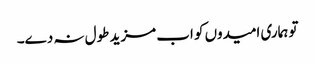
تو ہماری امیدوں کو اب مزید طول نہ دے۔